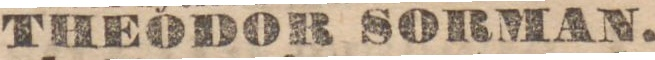
THEODOR SORMAN.